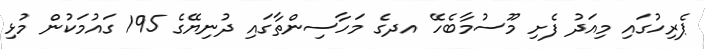
ޕެރިހުގައި މިއަދު ފެށި މޫސުމާބެހޭ އދގެ މަހާސިންތާގައި ދުނިޔޭގެ 195 ގައުމަކުން މުޅި